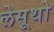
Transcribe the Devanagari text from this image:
लेसूथो